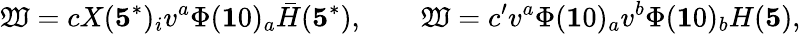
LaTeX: \mathfrak{W}=cX({\mathbf{5}^{*}})_{i}v^{a}\Phi({\mathbf{1}0})_{a}\bar{{H}}({\mathbf{5}^{*}}),\qquad\mathfrak{W}=c^{\prime}v^{a}\Phi({\mathbf{1}0})_{a}v^{b}\Phi({\mathbf{1}0})_{b}H({\mathbf{5}}),